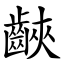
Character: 䶝